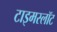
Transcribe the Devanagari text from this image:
टाइमस्लॉट